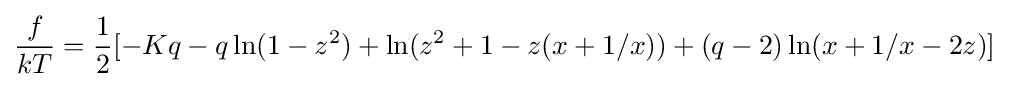
{\frac {f}{kT}}={\frac {1}{2}}[-Kq-q\ln(1-z^{2})+\ln(z^{2}+1-z(x+1/x))+(q-2)\ln(x+1/x-2z)]